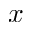
^ Ḋ x Ḍ